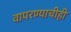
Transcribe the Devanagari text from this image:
वापरण्याचीही